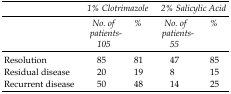
<table><thead><tr><td></td><td colspan="2"><b><i>1% Clotrimazole</i></b></td><td colspan="2"><b><i>2% Salicylic Acid</i></b></td></tr><tr><td></td><td><b><i>No. of patients - 105</i></b></td><td><b><i>%</i></b></td><td><b><i>No. of patients - 55</i></b></td><td><b><i>%</i></b></td></tr></thead><tbody><tr><td>Resolution</td><td>85</td><td>81</td><td>47</td><td>85</td></tr><tr><td>Residual disease</td><td>20</td><td>19</td><td>8</td><td>15</td></tr></tbody></table>